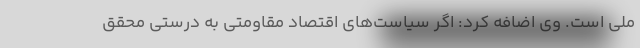
ملی است. وی اضافه کرد: اگر سیاست‌های اقتصاد مقاومتی به درستی محقق